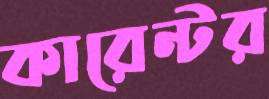
কারেন্টর